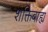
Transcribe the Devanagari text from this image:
शक्तिबाह्य